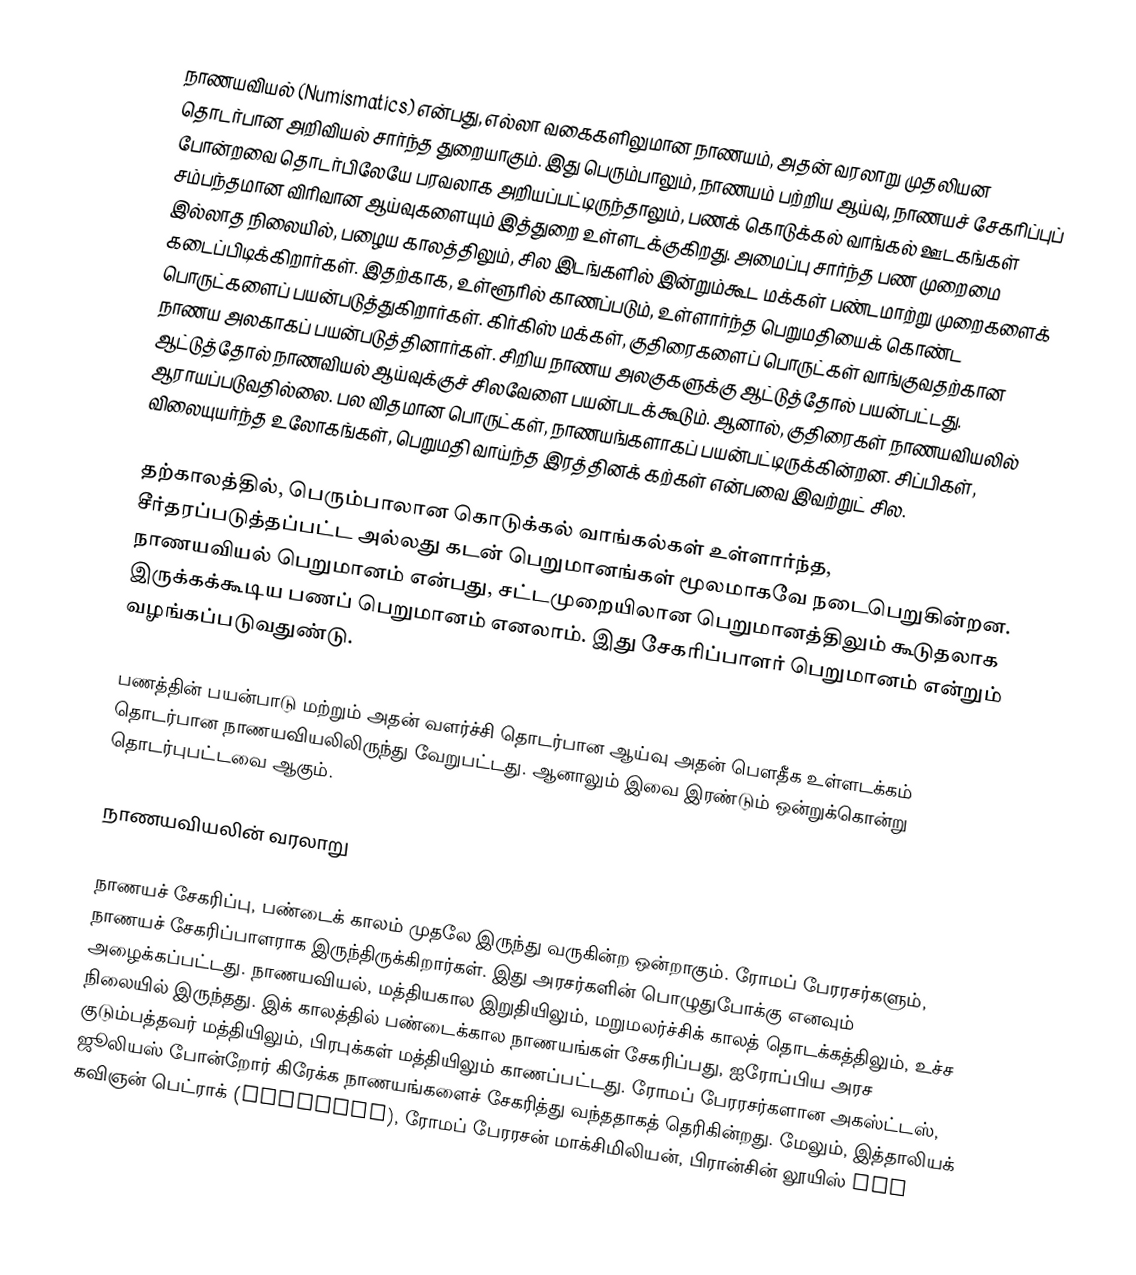
நாணயவியல் (Numismatics) என்பது, எல்லா வகைகளிலுமான நாணயம், அதன் வரலாறு முதலியன தொடர்பான அறிவியல் சார்ந்த துறையாகும். இது பெரும்பாலும், நாணயம் பற்றிய ஆய்வு, நாணயச் சேகரிப்புப் போன்றவை தொடர்பிலேயே பரவலாக அறியப்பட்டிருந்தாலும், பணக் கொடுக்கல் வாங்கல் ஊடகங்கள் சம்பந்தமான விரிவான ஆய்வுகளையும் இத்துறை உள்ளடக்குகிறது. அமைப்பு சார்ந்த பண முறைமை இல்லாத நிலையில், பழைய காலத்திலும், சில இடங்களில் இன்றும்கூட மக்கள் பண்டமாற்று முறைகளைக் கடைப்பிடிக்கிறார்கள். இதற்காக, உள்ளூரில் காணப்படும், உள்ளார்ந்த பெறுமதியைக் கொண்ட பொருட்களைப் பயன்படுத்துகிறார்கள். கிர்கிஸ் மக்கள், குதிரைகளைப் பொருட்கள் வாங்குவதற்கான நாணய அலகாகப் பயன்படுத்தினார்கள். சிறிய நாணய அலகுகளுக்கு ஆட்டுத்தோல் பயன்பட்டது. ஆட்டுத்தோல் நாணவியல் ஆய்வுக்குச் சிலவேளை பயன்படக்கூடும். ஆனால், குதிரைகள் நாணயவியலில் ஆராயப்படுவதில்லை. பல விதமான பொருட்கள், நாணயங்களாகப் பயன்பட்டிருக்கின்றன. சிப்பிகள், விலையுயர்ந்த உலோகங்கள், பெறுமதி வாய்ந்த இரத்தினக் கற்கள் என்பவை இவற்றுட் சில.

தற்காலத்தில், பெரும்பாலான கொடுக்கல் வாங்கல்கள் உள்ளார்ந்த, சீர்தரப்படுத்தப்பட்ட அல்லது கடன் பெறுமானங்கள் மூலமாகவே நடைபெறுகின்றன. நாணயவியல் பெறுமானம் என்பது, சட்டமுறையிலான பெறுமானத்திலும் கூடுதலாக இருக்கக்கூடிய பணப் பெறுமானம் எனலாம். இது சேகரிப்பாளர் பெறுமானம் என்றும் வழங்கப்படுவதுண்டு.

பணத்தின் பயன்பாடு மற்றும் அதன் வளர்ச்சி தொடர்பான ஆய்வு அதன் பௌதீக உள்ளடக்கம் தொடர்பான நாணயவியலிலிருந்து வேறுபட்டது. ஆனாலும் இவை இரண்டும் ஒன்றுக்கொன்று தொடர்புபட்டவை ஆகும்.

நாணயவியலின் வரலாறு

நாணயச் சேகரிப்பு, பண்டைக் காலம் முதலே இருந்து வருகின்ற ஒன்றாகும். ரோமப் பேரரசர்களும், நாணயச் சேகரிப்பாளராக இருந்திருக்கிறார்கள். இது அரசர்களின் பொழுதுபோக்கு எனவும் அழைக்கப்பட்டது. நாணயவியல், மத்தியகால இறுதியிலும், மறுமலர்ச்சிக் காலத் தொடக்கத்திலும், உச்ச நிலையில் இருந்தது. இக் காலத்தில் பண்டைக்கால நாணயங்கள் சேகரிப்பது, ஐரோப்பிய அரச குடும்பத்தவர் மத்தியிலும், பிரபுக்கள் மத்தியிலும் காணப்பட்டது. ரோமப் பேரரசர்களான அகஸ்ட்டஸ், ஜூலியஸ் போன்றோர் கிரேக்க நாணயங்களைச் சேகரித்து வந்ததாகத் தெரிகின்றது. மேலும், இத்தாலியக் கவிஞன் பெட்ராக் (Petrarch), ரோமப் பேரரசன் மாக்சிமிலியன், பிரான்சின் லூயிஸ் XIV